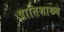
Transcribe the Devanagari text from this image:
प्रातिशाख्थ